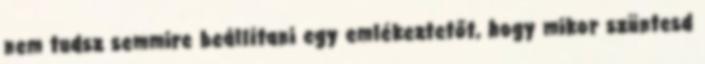
nem tudsz semmire beállítani egy emlékeztetőt, hogy mikor szüntesd